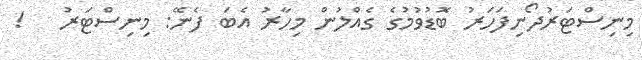
މިނިސްޓަރުދޯނިފަހަރު ބޮޑުވުމުގެ ގެއްލުން މިހާރު އެބަ ފެނޭ: މިނިސްޓަރު   !